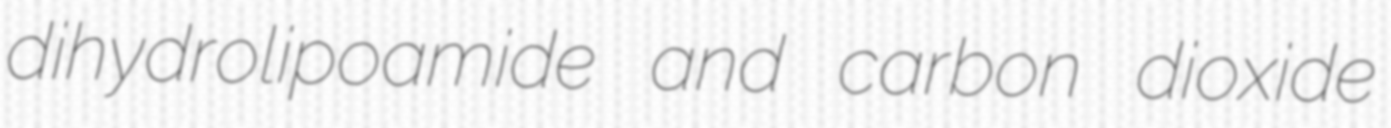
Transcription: dihydrolipoamide and carbon dioxide